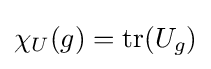
\chi _{U}(g)=\operatorname {tr} (U_{g})